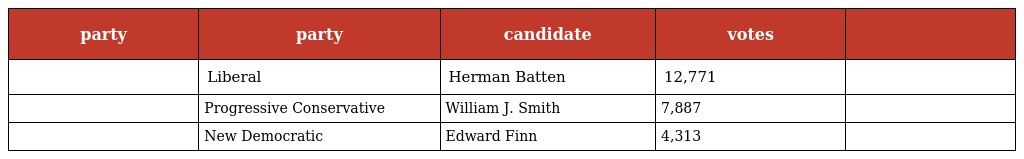
| party | party | candidate | votes |  |
 | --- | --- | --- | --- | --- |
 |  | Liberal | Herman Batten | 12,771 |  |
 |  | Progressive Conservative | William J. Smith | 7,887 |  |
 |  | New Democratic | Edward Finn | 4,313 |  |